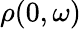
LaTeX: \rho(0,\omega)